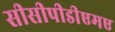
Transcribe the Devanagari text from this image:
सीसीपीडीएमए